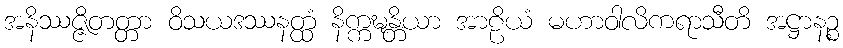
အနိဿဇ္ဇိတတ္တာ ဝိသယဒဿနတ္ထံ နိက္ကဍ္ဎန္တိယာ အာဠိယံ မဟာဝါလိကရာသီတိ အဋ္ဌာနဉ္စ